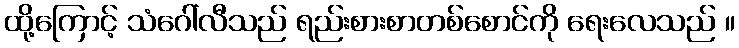
ထို့ကြောင့် သံဂေါ်လီသည် ရည်းစားစာတစ်စောင်ကို ရေးလေသည် ။